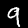
Digit: 9